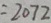
= 2 0 7 2